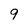
Character: 9